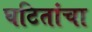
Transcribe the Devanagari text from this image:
घटितांचा